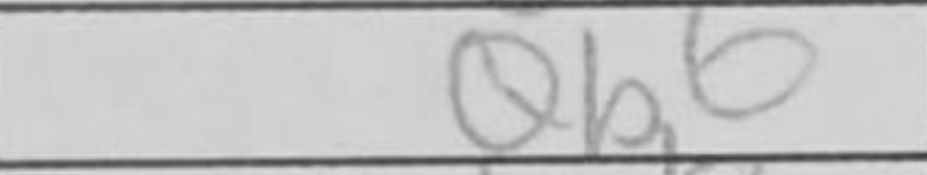
Transcription: Qb6